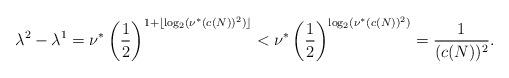
LaTeX: \begin{align*}\lambda^2 - \lambda^1 &= \nu^* \left(\frac{1}{2}\right)^{ 1+\lfloor \log_2(\nu^* (c(N))^2)\rfloor} < \nu^* \left(\frac{1}{2}\right)^{\log_2(\nu^*(c(N))^2)} = \frac{1}{(c(N))^2}.\end{align*}